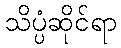
သိပ္ပံဆိုင်ရာ